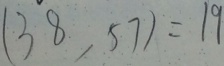
( 3 8 , 5 7 ) = 1 9